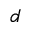
d